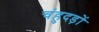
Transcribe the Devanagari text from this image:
चंहुदड़ों